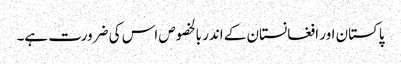
پاکستان اور افغانستان کے اندر بالخصوص اس کی ضرورت ہے۔